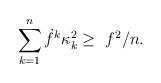
LaTeX: \begin{align*} \sum_{k=1}^n \dot{f}^k\kappa_k^2\geq~ f^2/n. \end{align*}